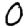
Digit: 0